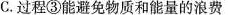
C.过程③能避免物质和能量的浪费